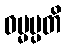
ဓမ္မပ္ပတိ